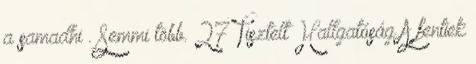
a samadhi”. Semmi több. 27 Tisztelt Hallgatóság A fentiek